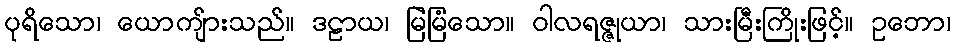
ပုရိသော၊ ယောကျ်ားသည်။ ဒဠာယ၊ မြဲမြံသော။ ဝါလရဇ္ဇုယာ၊ သားမြီးကြိုးဖြင့်။ ဥဘော၊